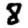
Digit: 8